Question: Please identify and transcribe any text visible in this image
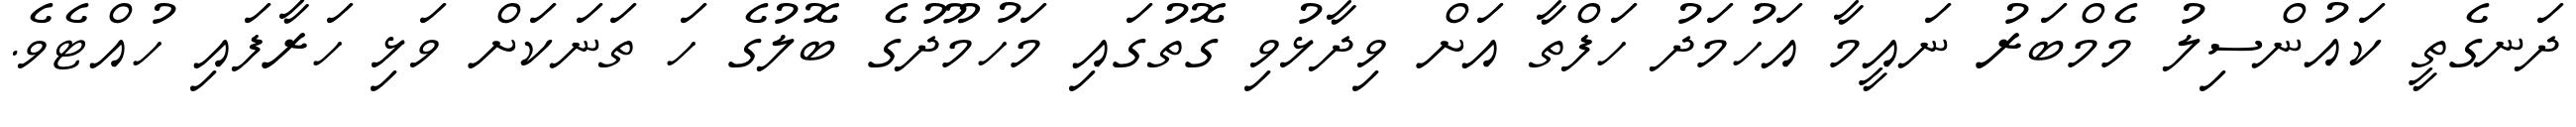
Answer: ދަނގެތީ ކައުންސިލު މެމްބަރު ނައީމާ އަހުމަދު ހަފްތާ އަށް ވިދާޅުވި ގޮތުގައި މަހުމޫދުގެ ބޮލުގެ ހަ ތަނަކަށް ވަޅި ހަރާފައި ހުއްޓެވެ.